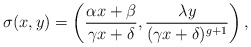
\begin{align*}\sigma(x,y)=\left(\frac{\alpha x+ \beta}{\gamma x+ \delta},\frac{\lambda y}{(\gamma x+ \delta)^{g+1}}\right),\end{align*}